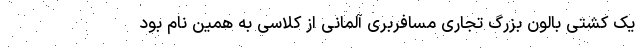
یک کشتی بالون بزرگ تجاری مسافربری آلمانی از کلاسی به همین نام بود